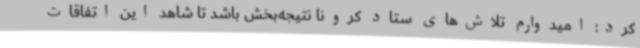
کرد: امیدوارم تلاش‌های ستاد کرونا نتیجه‌بخش باشد تا شاهد این اتفاقات